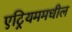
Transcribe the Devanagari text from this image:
एट्रियममधील